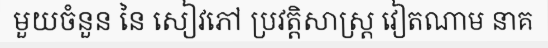
មួយចំនួន នៃ សៀវភៅ ប្រវត្តិសាស្ត្រ វៀតណាម នាគ